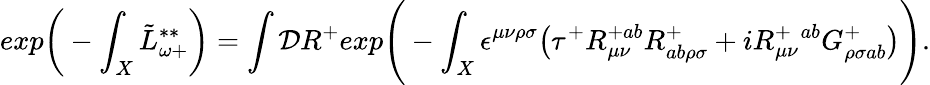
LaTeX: exp\bigg(-\int_{X}\tilde{L}_{\omega+}^{**}\bigg)=\int{\cal D}R^{+}exp\Bigg(-\int_{X}\epsilon^{\mu\nu\rho\sigma}\big(\tau^{+}R_{\mu\nu}^{+ab}R_{ab\rho\sigma}^{+}+iR_{\mu\nu}^{+\ \ ab}G_{\rho\sigma ab}^{+}\big)\Bigg).